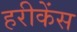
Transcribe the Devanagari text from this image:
हरीकेंस